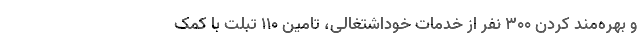
و بهره‌مند کردن ۳۰۰ نفر از خدمات خوداشتغالی، تامین ۱۱۰ تبلت با کمک